Vaccination North-Western Provinces and Oudh 1878-1895 - 1878-1895
Year: 1878
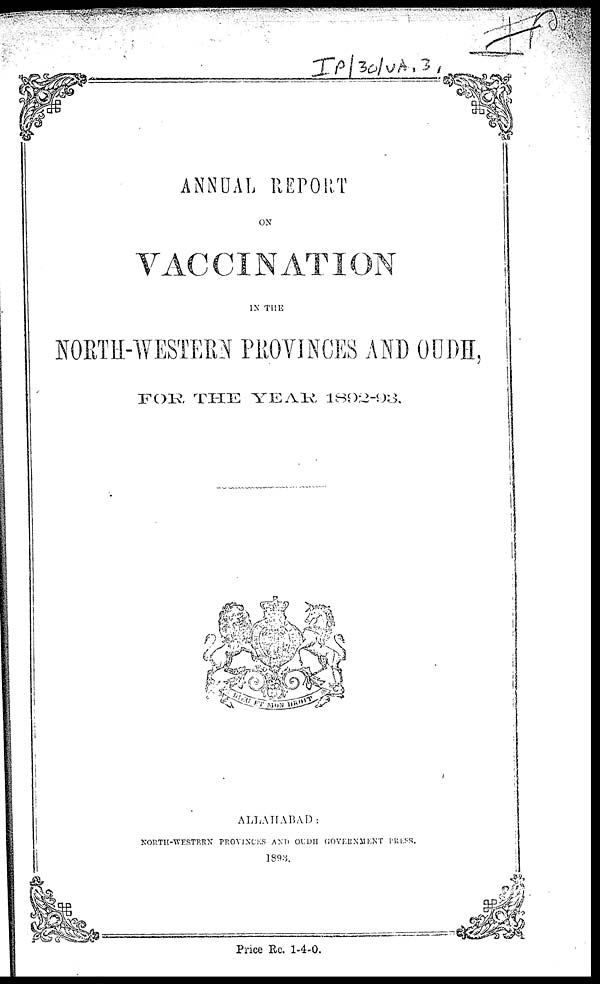
ANNUAL REPORT
ON
VACCINATION
IN THE
NORTH-WESTERN PROVINCES AND OUDH,
FOR THE YEAR 1892-93.
ALLAHABAD :
NORTH-WESTERN PROVINCES AND OLDH GOVERNMENT PRESS.
Price Re. 1-4-0.